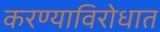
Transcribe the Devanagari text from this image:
करण्याविरोधात